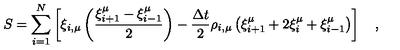
S = \sum _ { i = 1 } ^ { N } \left[ \xi _ { i , \mu } \left( \frac { \xi _ { i + 1 } ^ { \mu } - \xi _ { i - 1 } ^ { \mu } } { 2 } \right) - { \frac { \Delta t } { 2 } } \rho _ { i , \mu } \left( \xi _ { i + 1 } ^ { \mu } + 2 \xi _ { i } ^ { \mu } + \xi _ { i - 1 } ^ { \mu } \right) \right] \quad ,